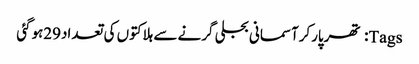
Tags: تھرپارکرآسمانی بجلی گرنے سے ہلاکتوں کی تعداد29ہوگئی